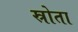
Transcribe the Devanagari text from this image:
स्रोता